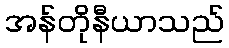
အန်တိုနီယာသည်